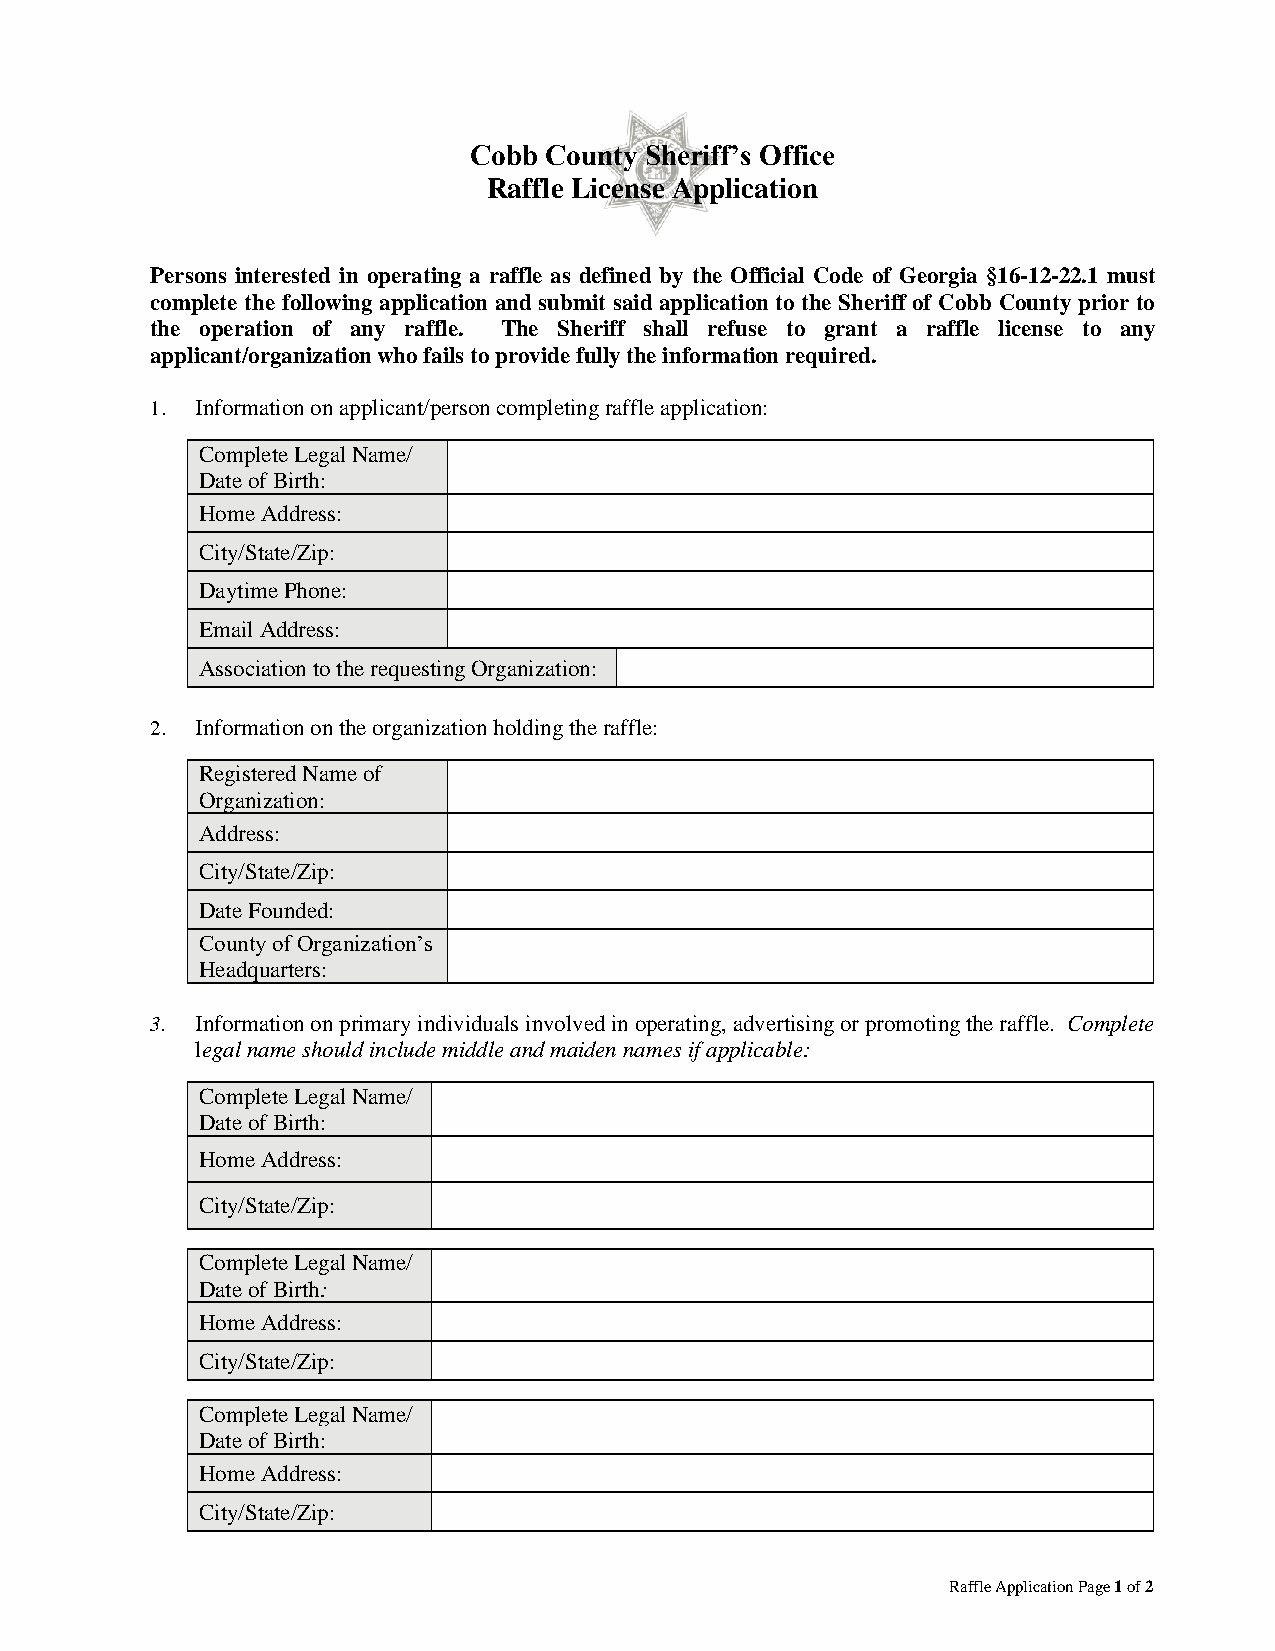
Cobb County Sheriff’s Office
 Raffle License Application
 Persons interested in operating a raffle as defined by the Official Code of Georgia §16-12-22.1 must
 complete the following application and submit said application to the Sheriff of Cobb County prior to
 the operation of any raffle. The Sheriff shall refuse to grant a raffle license to any
 applicant/organization who fails to provide fully the information required.
 1. Information on applicant/person completing raffle application:
 Complete Legal Name/
 Date of Birth:
 Home Address:
 City/State/Zip:
 Daytime Phone:
 Email Address:
 Association to the requesting Organization:
 2. Information on the organization holding the raffle:
 Registered Name of
 Organization:
 Address:
 City/State/Zip:
 Date Founded:
 County of Organization’s
 Headquarters:
 3. Information on primary individuals involved in operating, advertising or promoting the raffle. Complete
 legal name should include middle and maiden names if applicable:
 Complete Legal Name/
 Date of Birth:
 Home Address:
 City/State/Zip:
 Complete Legal Name/
 Date of Birth:
 Home Address:
 City/State/Zip:
 Complete Legal Name/
 Date of Birth:
 Home Address:
 City/State/Zip:
 Raffle Application Page 1 of 2